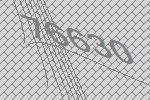
76630